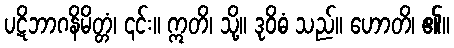
ပဋိဘာဂနိမိတ္တံ၊ ၎င်း။ ဣတိ၊ သို့။ ဒုဝိဓံ သည်။ ဟောတိ၊ ၏။